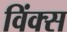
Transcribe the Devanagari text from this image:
विंक्स